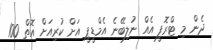
ދެން މި ޓްރޮފީ އެއް ނުލިބޭނެ އެމްޑީޕީ އަށް ކުރިއަށް އޮތް 100